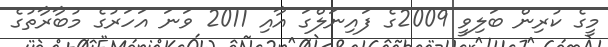
މީގެ ކުރިން ބަލިވީ 2009ގެ ފައިނަލްގަ އާއި 2011 ވަނަ އަހަރުގެ މުބާރާތުގެ